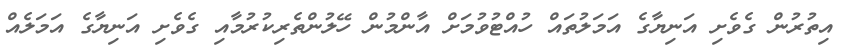
އިތުރުން ގެވެށި އަނިޔާގެ އަމަލުތައް ހުއްޓުވުމަށް އާންމުން ހޭލުންތެރިކުރުމާއި ގެވެށި އަނިޔާގެ އަމަލެއް